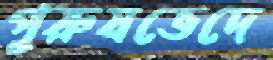
পুরুষভেদে